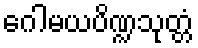
ဂေါမယပိဏ္ဍသုတ္တံ